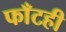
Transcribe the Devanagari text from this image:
फाँटही